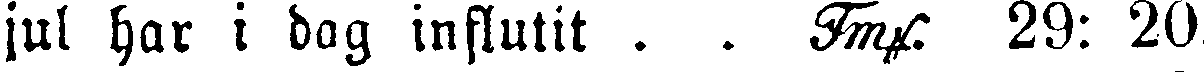
jul har i dag influtit . . Tmf. 29: 20.